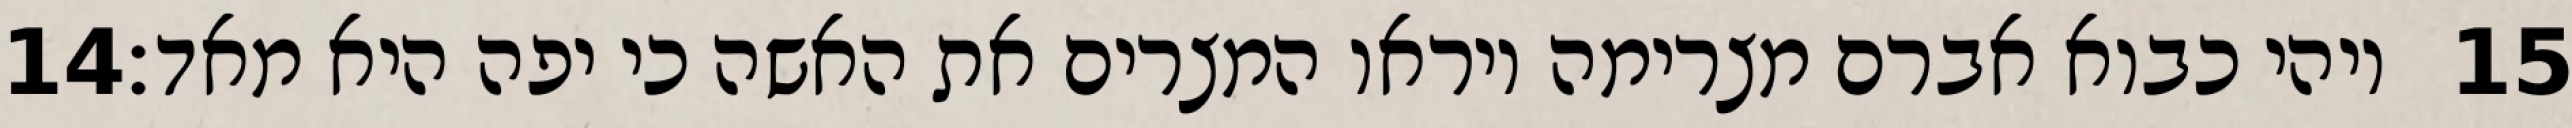
‎14‏ ויהי כבוא אברם מצרימה ויראו המצרים את האשה כי יפה היא מאד׃ ‎15‏